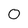
Character: O